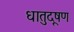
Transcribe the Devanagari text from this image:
धातुदूषण